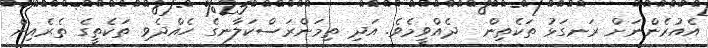
އެއުރެންނަށް ރަނގަޅު ތަކެތިން  ދެއްވީމެވެ. އަދި ތިމަންރަސްކަލާނގެ ހެއްދެވި ތަކެތީގެ ތެރެއިން